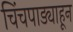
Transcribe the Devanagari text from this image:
चिंचपाड्याहून